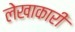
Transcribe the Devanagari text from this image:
लेखाकारी